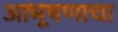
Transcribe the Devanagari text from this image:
आभूषणाचा